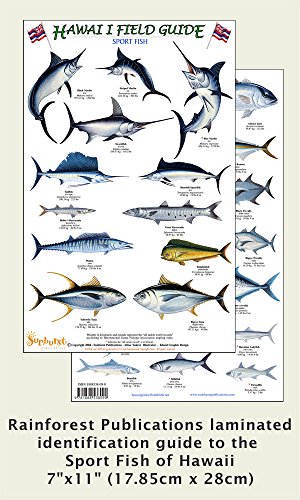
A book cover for Hawaii Sport Fish Identification Guide (Laminated Single Sheet Field Guide) (Hawaii Field Guides); Rainforest Publications; Travel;